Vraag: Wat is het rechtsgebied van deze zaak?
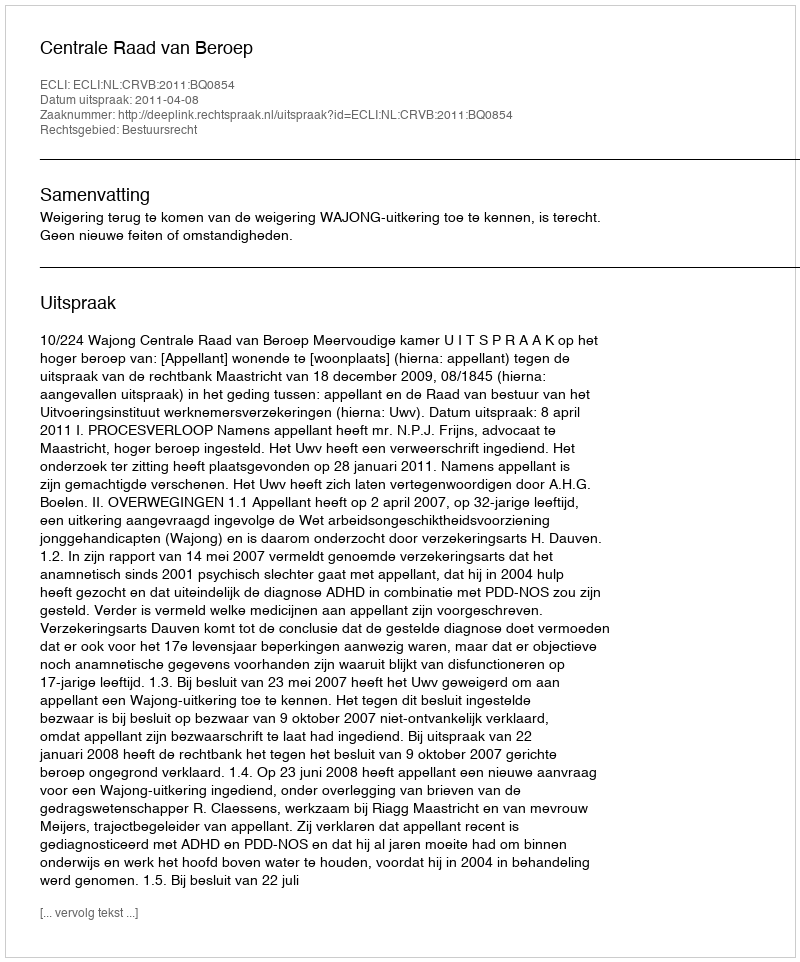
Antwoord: Bestuursrecht